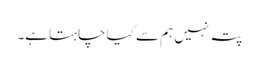
پتہ نہیں ہم سے کیا چاہتا ہے۔